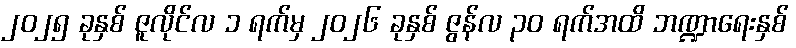
၂၀၂၅ ခုနှစ် ဇူလိုင်လ ၁ ရက်မှ ၂၀၂၆ ခုနှစ် ဇွန်လ ၃၀ ရက်အထိ ဘဏ္ဍာရေးနှစ်